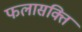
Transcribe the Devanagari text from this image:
फलासक्ति